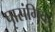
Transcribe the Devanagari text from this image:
पृासंगिक